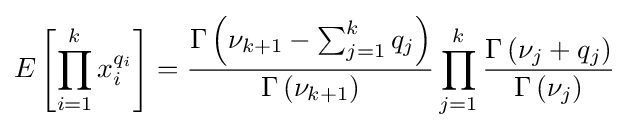
E\left[\prod _{i=1}^{k}x_{i}^{q_{i}}\right]={\frac {\Gamma \left(\nu _{k+1}-\sum _{j=1}^{k}q_{j}\right)}{\Gamma \left(\nu _{k+1}\right)}}\prod _{j=1}^{k}{\frac {\Gamma \left(\nu _{j}+q_{j}\right)}{\Gamma \left(\nu _{j}\right)}}